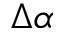
\Delta \alpha